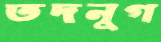
তদনুগ